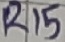
Text: R15